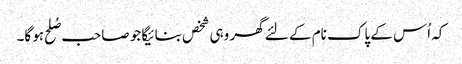
کہ اُس کے پاک نام کے لئے گھر وہی شخص بنائیگا جو صاحب صُلح ہو گا۔